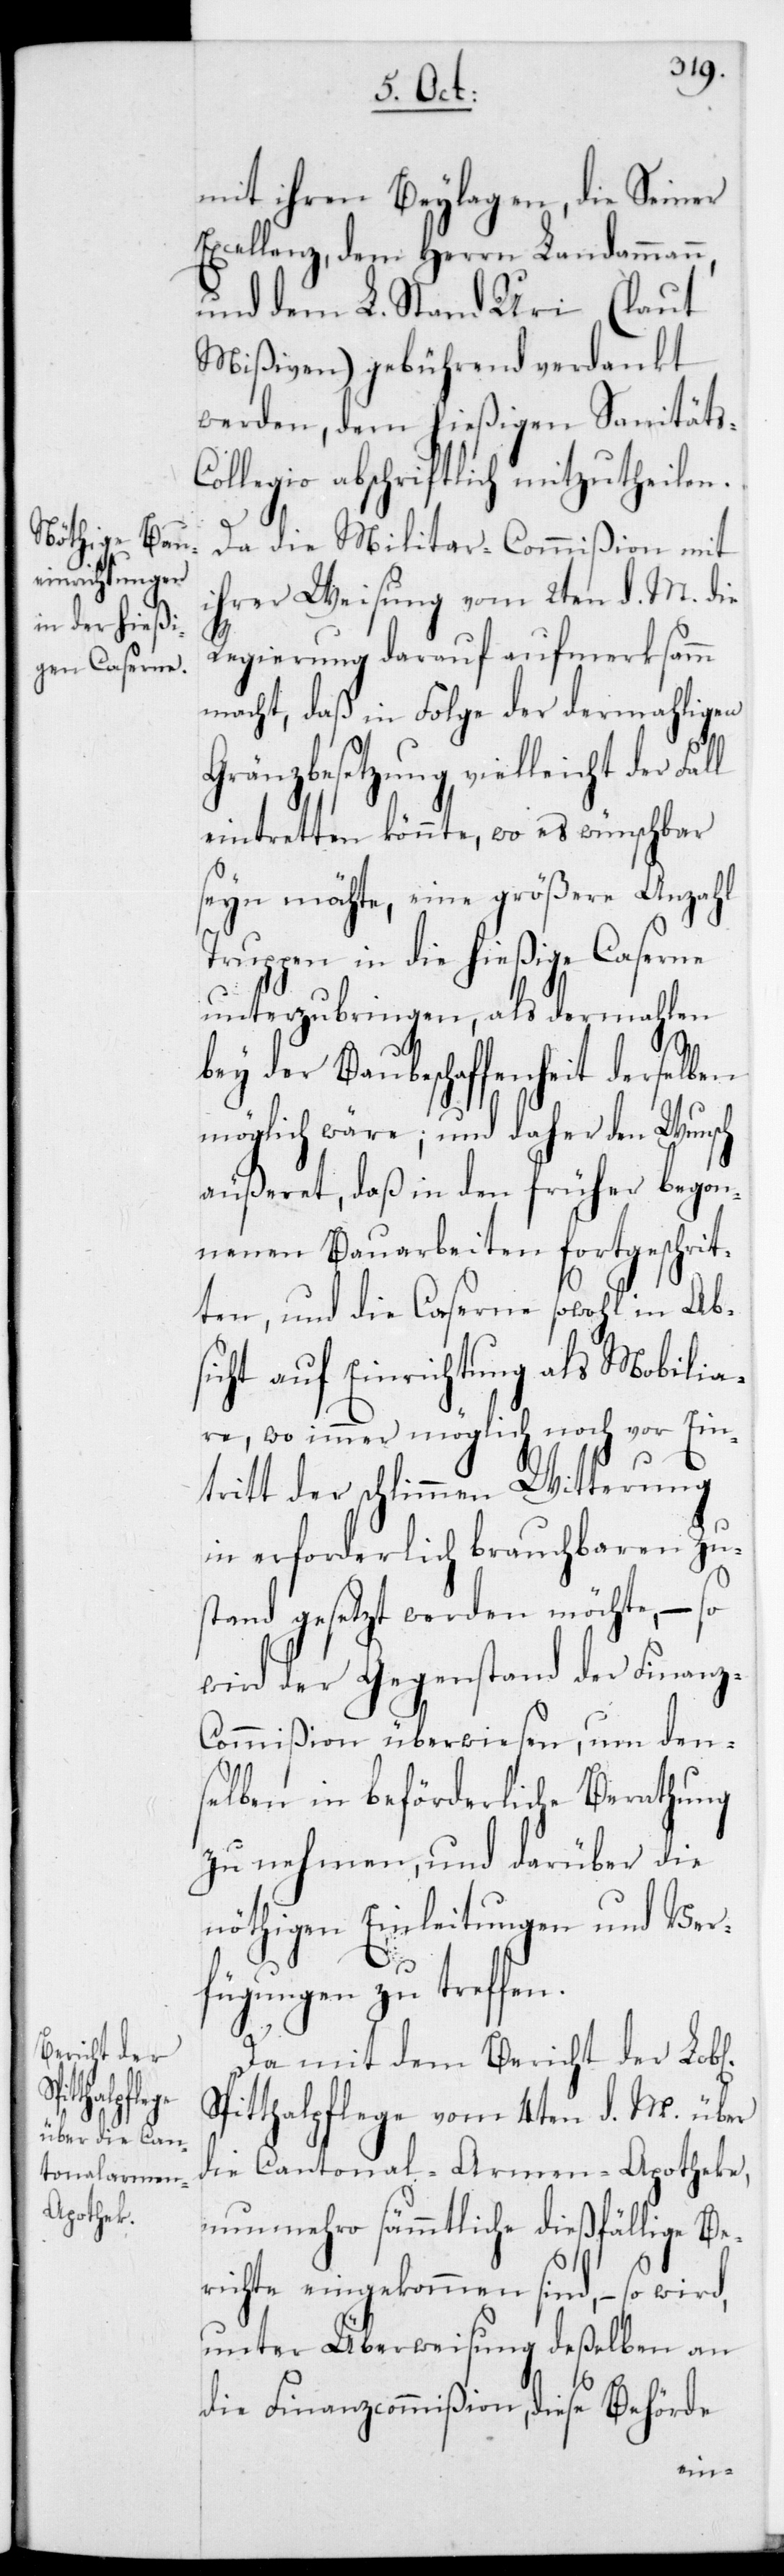
ichen] Sp¬

mit ihren Beylagen, die Seiner
Excellenz,dem Herrn Landamman¬
und dem L. Stand Uri (laut
Mißiven) gebührend verdankt
werden, dem hießigen Sanitäts¬
collegio abschriftlich mitzutheilen.
Da die Militar-Commißion mit
ihrer Weisung vom 2ten d. M. die
Regierung darauf aufmerksamm
macht, daß in Folge der dermahligen
Gränzbesetzung vielleicht der
eintretten könnte, wo es wünschbar
seyn möchte, eine größere Anzahl
Truppen in die hießige Caserne
unterzubringen, als dermahlen
bey der Baubeschaffenheit derselben
möglich wäre; und daher den Wunsch
äußeret, daß in den früher begon¬
nenen Bauarbeiten fortgeschrit¬
ten, und die Caserne sowohl in Ab¬
sicht auf Einrichtung als Mobilia¬
re, wo immer möglich noch vor Ein¬
tritt der schlimmen Witterung
in erforderlich brauchbaren Zu¬
stand gesetzt werden möchte, – so
wird der Gegenstand der Finanz-C¬
ommißion überwiesen, um den¬
selben in beförderliche Berathung
zu nehmen und darüber die
nöthigen Einleitungen und Ver¬
fügungen zu treffen.
Da mit dem Bericht der Lob[l¬
itthalpflege vom 4ten d. M. über
die Cantonal-Armen-Apotheke,
nunmehro sämmtliche dießfällige Be¬
richte eingekommen sind, – so wird,
unter Überweisung deßelben an
die Finanzcommißion, diese Behörde
n,